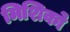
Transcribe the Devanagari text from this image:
मिशिको